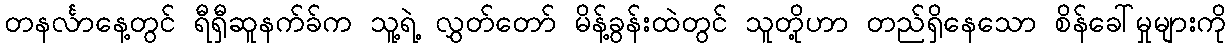
တနင်္လာနေ့တွင် ရီရှီဆူနက်ခ်က သူ့ရဲ့ လွှတ်တော် မိန့်ခွန်းထဲတွင် သူတို့ဟာ တည်ရှိနေသော စိန်ခေါ်မှုများကို